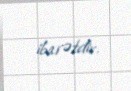
ibarətdir.